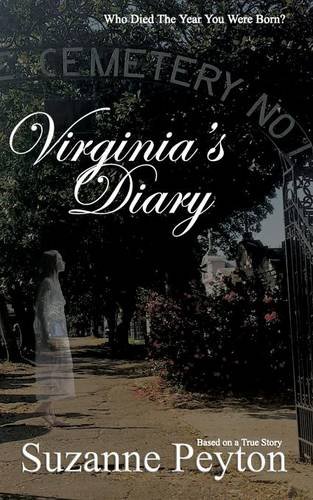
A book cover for Virginia's Diary; Suzanne Peyton; Literature & Fiction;